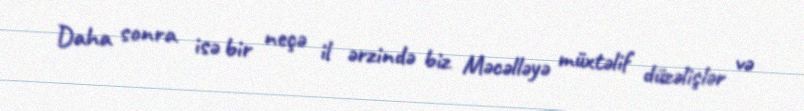
Daha sonra isə bir neçə il ərzində biz Məcəlləyə müxtəlif düzəlişlər və